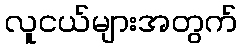
လူငယ်များအတွက်